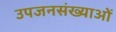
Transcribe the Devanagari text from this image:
उपजनसंख्याओं